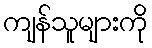
ကျန်သူများကို